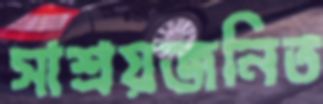
সাশ্রয়জনিত